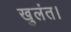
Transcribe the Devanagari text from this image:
खुलंत।